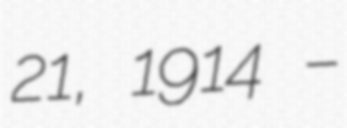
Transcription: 21, 1914 –